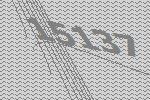
15137